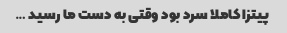
پیتزا کاملا سرد بود وقتی به دست ما رسید …